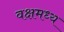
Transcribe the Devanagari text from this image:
वक्षमध्य